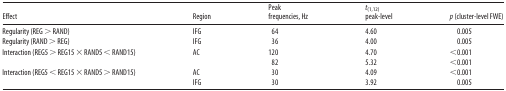
| Effect | Region | Peak frequencies, Hz | t(1,12) peak-level | p (cluster-level FWE) |
 | --- | --- | --- | --- | --- |
 | Regularity (REG > RAND) | IFG | 64 | 4.60 | 0.005 |
 | Regularity (RAND > REG) | IFG | 36 | 4.00 | 0.005 |
 | <ROWSPAN=2> Interaction (REG5 > REG15 × RAND5 < RAND15) | <ROWSPAN=2> AC | 120 | 4.70 | <0.001 |
 | 82 | 5.32 | <0.001 |
 | <ROWSPAN=2> Interaction (REG5 < REG15 × RAND5 > RAND15) | AC | 30 | 4.09 | <0.001 |
 | IFG | 30 | 3.92 | 0.005 |